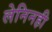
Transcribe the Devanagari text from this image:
लेनिनही